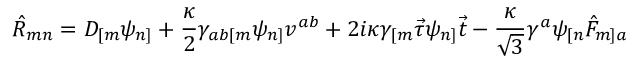
\hat { \cal R } _ { m n } = { \cal D } _ { [ m } \psi _ { n ] } + \frac { \kappa } { 2 } \gamma _ { a b [ m } \psi _ { n ] } v ^ { a b } + 2 i \kappa \gamma _ { [ m } \vec { \tau } \psi _ { n ] } \vec { t } - \frac { \kappa } { \sqrt { 3 } } \gamma ^ { a } \psi _ { [ n } \hat { F } _ { m ] a }